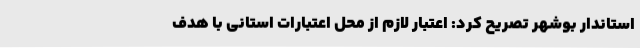
استاندار بوشهر تصریح کرد: اعتبار لازم از محل اعتبارات استانی با هدف